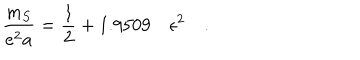
\frac { m _ { S } } { e ^ { 2 } a } = \frac { 1 } { 2 } + 1 . 9 5 0 9 \quad \epsilon ^ { 2 } \quad .